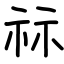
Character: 祘